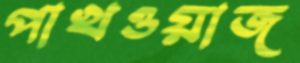
পাখওয়াজ